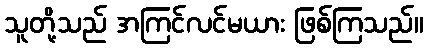
သူတို့သည် အကြင်လင်မယား ဖြစ်ကြသည်။